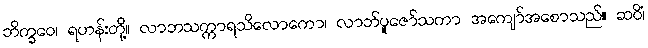
ဘိက္ခဝေ၊ ရဟန်းတို့။ လာဘသက္ကာရသိလောကော၊ လာဘ်ပူဇော်သကာ အကျော်အစောသည်။ ဆဝိံ၊